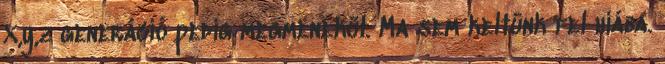
X,y,z generáció pedig megmenekül. Ma sem keltünk fel hiába.